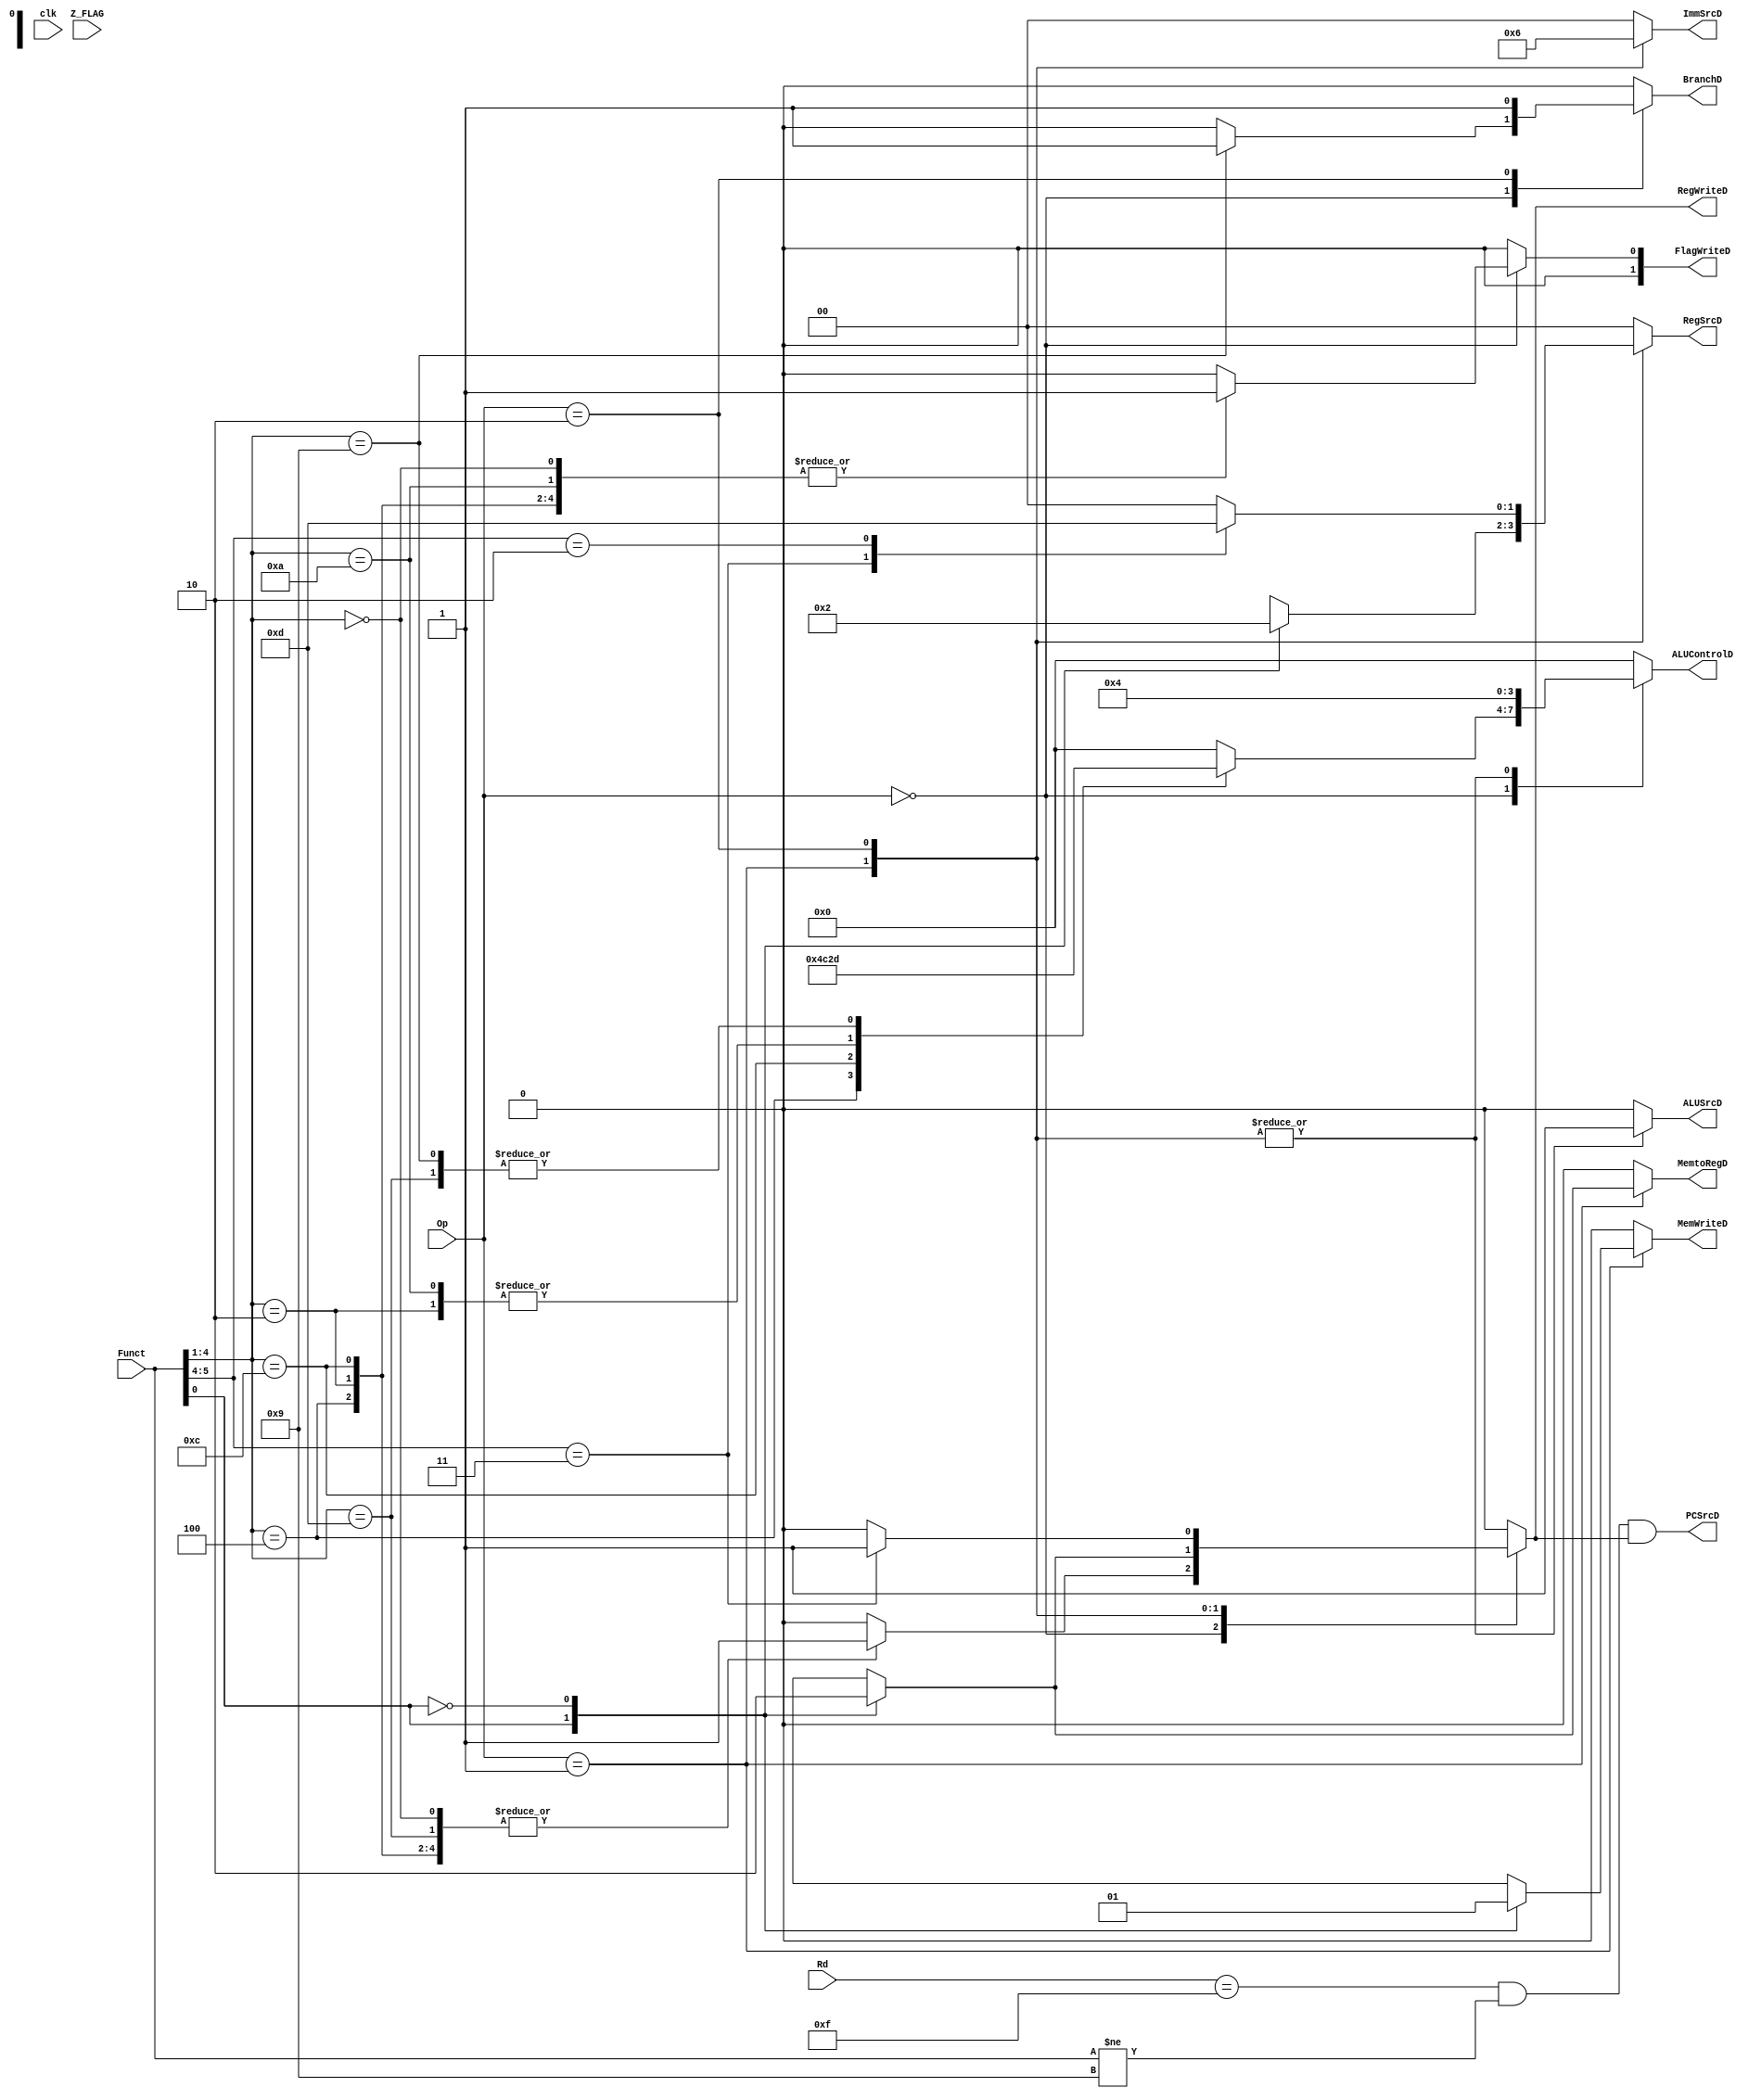
module Controller(
	input clk,
	input [1:0] Op,
	input [5:0] Funct,	
	input Z_FLAG, 
	input [3:0] Rd,
	
	output reg PCSrcD,
	output reg BranchD,
	output reg RegWriteD,
	output reg MemWriteD,
	output reg MemtoRegD,
	output reg [3:0] ALUControlD,
	output reg ALUSrcD,
	output reg [1:0] FlagWriteD,
	output reg [1:0] ImmSrcD,
	output reg [1:0] RegSrcD

); 

always @(*) begin
	BranchD = 0;
	RegWriteD = 0;
	MemWriteD = 0;
	MemtoRegD = 0;
	ALUControlD = 0;
	ALUSrcD = 0;
	FlagWriteD = 0;//Z enable
	ImmSrcD = 0;
	RegSrcD = 0;
	
	case(Op)
		// Data Processing
		2'b00:begin
			
			MemtoRegD = 0;//Alu output
			MemWriteD = 0;
			ALUSrcD = 0;
			ImmSrcD = 0;
			RegSrcD = 0;
			case(Funct[4:1])				
				4'b0100: begin//ADD 
					ALUControlD = 4'b0100;
					RegWriteD = 1;
					FlagWriteD = 1;
				end			
				4'b0010: begin//SUB 
					ALUControlD = 4'b0010;
					RegWriteD = 1;
					FlagWriteD = 1;
				end				
				4'b0000: begin// AND 
					ALUControlD = 4'b0000;
					RegWriteD = 1;
					FlagWriteD = 1;
				end			
				4'b1100: begin// ORR 
					ALUControlD = 4'b1100;
					RegWriteD = 1;
					FlagWriteD = 1;
				end	 
				4'b1101: begin// MOV
					ALUControlD = 4'b1101;
					RegWriteD = 1;
					FlagWriteD = 0;
				end		
				4'b1010: begin// CMP 
					ALUControlD = 4'b0010;
					RegWriteD = 0;
					FlagWriteD = 1;
					end
				4'b1001: begin// BX 
					ALUControlD = 4'b1101;//MOV
					BranchD = 1;
					RegWriteD = 0;
					FlagWriteD = 0;
				end
				default: begin
					ALUControlD = 4'b0000;//Does not matter
					RegWriteD = 0;
					FlagWriteD = 0;
				end
			endcase
		end	
		// Memory
		2'b01:begin
			case(Funct[0])
				// LDR
				1'b1: begin
					MemtoRegD = 1;//Data Memory
					MemWriteD = 0;
					ALUControlD = 4'b0100;
					ALUSrcD = 1;
					ImmSrcD = 1;
					RegWriteD = 1;
					RegSrcD = 0;

				end			
				// STR
				1'b0: begin
					RegSrcD = 2;
					MemtoRegD = 0;
					MemWriteD = 1;
					ALUControlD = 4'b0100;
					ALUSrcD = 1;
					ImmSrcD = 1;
					RegWriteD = 0;
				end	
				default:begin
					RegSrcD = 0;
					MemtoRegD = 0;
					MemWriteD = 0;
					ALUControlD = 0;
					ALUSrcD = 0;
					ImmSrcD = 0;
					RegWriteD = 0;
					end
			endcase		
		end	
		// Branch
		2'b10:begin
			MemtoRegD = 0;
			MemWriteD = 0;
			ImmSrcD = 2'b10;
			ALUSrcD = 1'b1;
			ALUControlD = 4'b0100;
			BranchD=1;
			case(Funct[5:4])
				2'b11: begin//BL
					RegSrcD = 2'b11;
					RegWriteD = 1;	
				end			
				2'b10: begin//B
					RegSrcD = 2'b01;
					RegWriteD = 0;
				end
				default:begin
					RegSrcD = 0;
					RegWriteD = 0;
				end
			endcase
			
		end
			
		default:begin
			RegSrcD = 0;
			MemtoRegD = 0;
			MemWriteD = 0;
			ALUControlD = 0;
			ALUSrcD = 0;
			ImmSrcD = 0;
			RegWriteD = 0;
			
		end
	endcase
	PCSrcD = (Rd == 15) & (Funct != 4'b1001) & RegWriteD;
end
endmodule